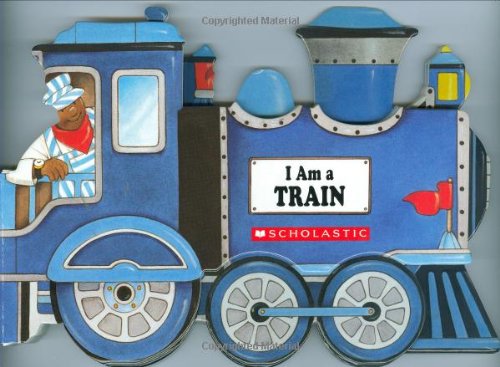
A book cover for I Am A Train; Ace Landers; Children's Books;